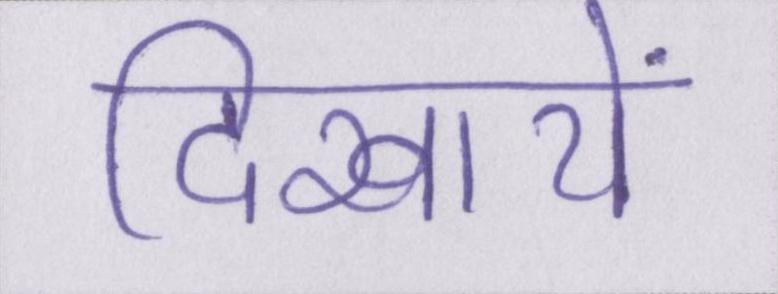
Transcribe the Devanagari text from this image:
दिखायें